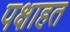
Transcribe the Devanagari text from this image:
पक्षाहत